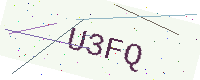
Text: U3FQ